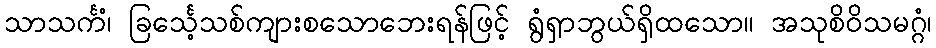
သာသင်္ကံ၊ ခြင်္သေ့သစ်ကျားစသောဘေးရန်ဖြင့် ရွံရှာဘွယ်ရှိထသော။ အသုစိဝိသမဂ္ဂံ၊